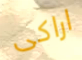
اراكى